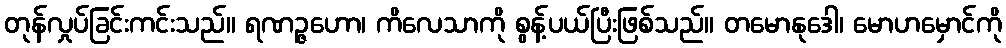
တုန်လှုပ်ခြင်းကင်းသည်။ ရဏဉ္ဇဟော၊ ကိလေသာကို စွန့်ပယ်ပြီးဖြစ်သည်။ တမောနုဒေါ၊ မောဟမှောင်ကို